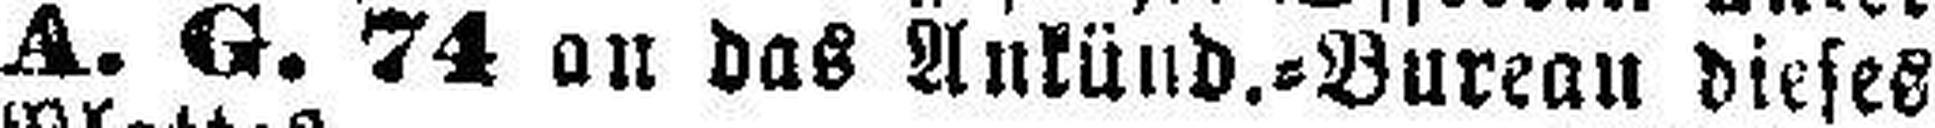
A. G. 74 an das Ankünd.=Bureau dieses